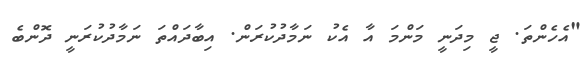
"އެހެންތަ. ޖީ މިދަނީ މަންމަ އާ އެކު ނަމާދުކުރަން. އިބާދައްތަ ނަމާދުކުރަނީ ދޮންބެ